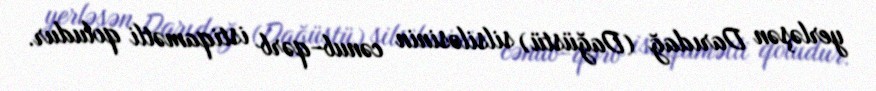
yerləşən Darıdağ (Dağüstü) silsiləsinin cənub-qərb istiqamətli qoludur.